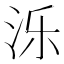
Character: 泺